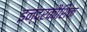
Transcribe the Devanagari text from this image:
इन्द्रकौशिक